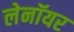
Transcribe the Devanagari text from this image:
लेनॉयर